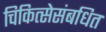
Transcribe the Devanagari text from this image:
चिकित्सेसंबधित